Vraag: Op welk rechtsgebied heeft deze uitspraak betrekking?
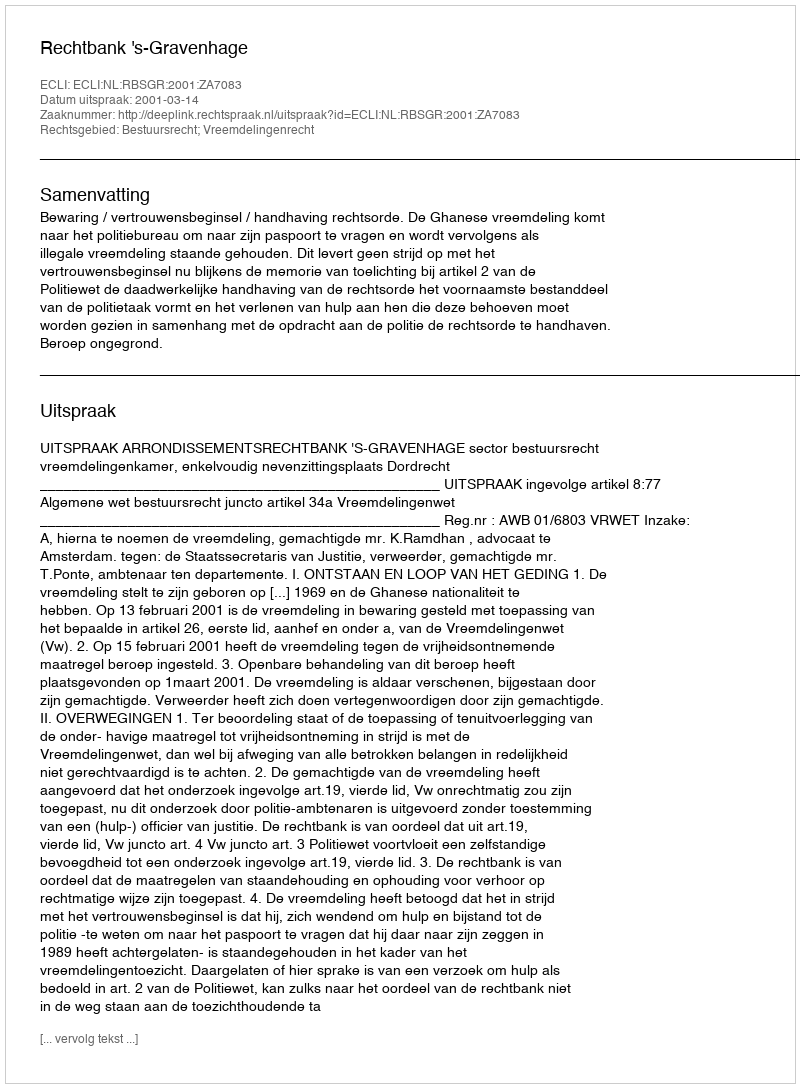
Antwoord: Bestuursrecht; Vreemdelingenrecht